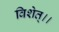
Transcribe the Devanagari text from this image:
विशेत्।।